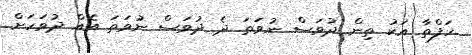
ހަފްތާ އަކު ތިން ދުވަސް ނުވަތަ ދެ ދުވަސް ނުވަތަ އެއް ދުވަހަށް